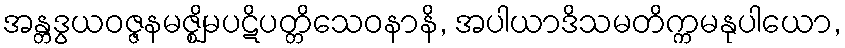
အန္တဒွယဝဇ္ဇနမဇ္ဈိမပဋိပတ္တိသေဝနာနိ, အပါယာဒိသမတိက္ကမနုပါယော,